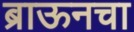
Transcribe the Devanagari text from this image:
ब्राऊनचा